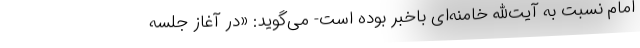
امام نسبت به آیت‌الله خامنه‌ای باخبر بوده است- می‌گوید: «در آغاز جلسه